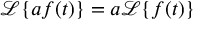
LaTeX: { \mathcal { L } } \{ a f ( t ) \} = a { \mathcal { L } } \{ f ( t ) \}